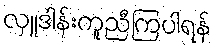
လှူဒါန်းကူညီကြပါရန်